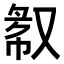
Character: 𫩁